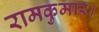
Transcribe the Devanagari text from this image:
रामकुमार।